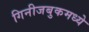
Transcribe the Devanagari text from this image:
गिनीजबुकमध्ये